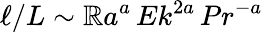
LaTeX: \ell/L\sim\mathbb{R}a^{a}\, Ek^{2a}\, Pr^{-a}